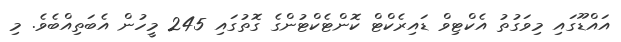
އައްޑޫގައި މިވަގުތު އެކްޓިވް ޑައިރެކްޓް ކޮންޓެކްޓުންގެ ގޮތުގައި 245 މީހުން އެބަތިއްބެވެ. މި